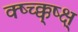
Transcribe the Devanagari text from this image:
क्ष्च्क्क्ष्क्ष्